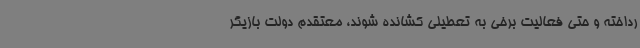
رداخته و حتی فعالیت برخی به تعطیلی کشانده شوند، معتقدم دولت بازیگر